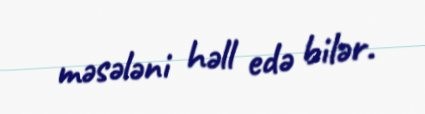
məsələni həll edə bilər.